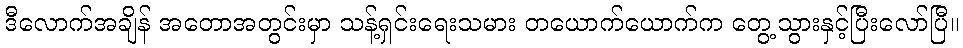
ဒီလောက်အချိန် အတောအတွင်းမှာ သန့်ရှင်းရေးသမား တယောက်ယောက်က တွေ့သွားနှင့်ပြီးလော်ပြီ။